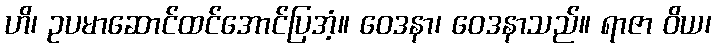
ဟိ၊ ဥပမာဆောင်ထင်အောင်ပြအံ့။ ဝေဒနာ၊ ဝေဒနာသည်။ ရာဇာ ဝိယ၊